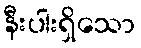
နီးပါးရှိသော